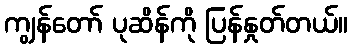
ကျွန်တော် ပုဆိန်ကို ပြန်နှုတ်တယ်။